Indian journal of veterinary science and animal husbandry - Volume 9,
Year: 1939
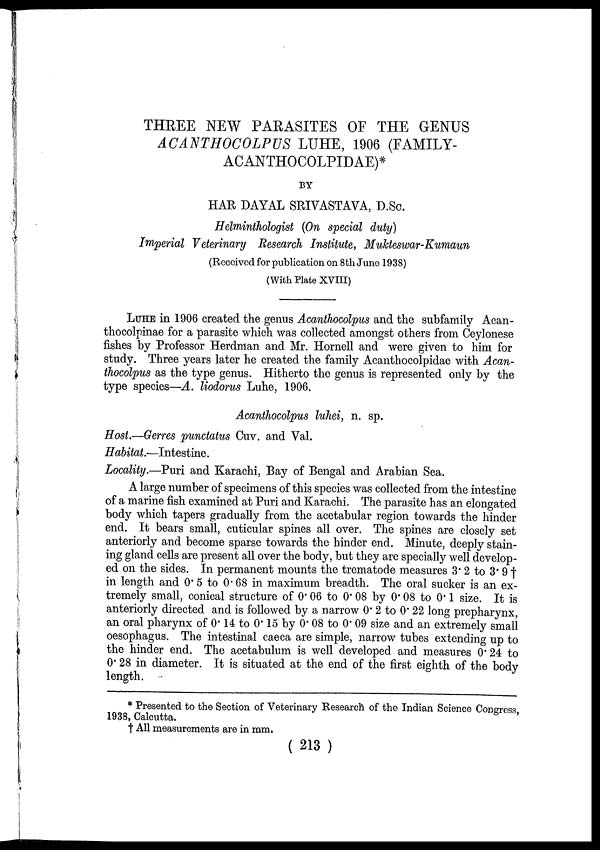
THREE NEW PARASITES OF THE GENUS
ACANTHOCOLPUS LUHE, 1906 (FAMILY-
ACANTHOCOLPIDAE)*
BY
HAR DAYAL SRIVASTAVA, D.Sc.
Helminthologist (On special duty)
Imperial Veterinary Research Institute, Mukteswar-Kumaun
(Received for publication on 8th June 1938)
(With Plate XVIII)
LUHE in 1906 created the genus Acanthocolpus and the subfamily Acan-
thocolpinae for a parasite which was collected amongst others from Ceylonese
fishes by Professor Herdman and Mr. Hornell and were given to him for
study. Three years later he created the family Acanthocolpidae with Acan-
thocolpus as the type genus. Hitherto the genus is represented only by the
type species—A. liodorus Luhe, 1906.
Acanthocolpus luhei, n. sp.
Host.—Gerres punctatus Cuv. and Val.
Habitat.—Intestine.
Locality.—Puri and Karachi, Bay of Bengal and Arabian Sea.
A large number of specimens of this species was collected from the intestine
of a marine fish examined at Puri and Karachi. The parasite has an elongated
body which tapers gradually from the acetabular region towards the hinder
end. It bears small, cuticular spines all over. The spines are closely set
anteriorly and become sparse towards the hinder end. Minute, deeply stain-
ing gland cells are present all over the body, but they are specially well develop-
ed on the sides. In permanent mounts the trematode measures 3.2 to 3.9 †
in length and 0.5 to 0.68 in maximum breadth. The oral sucker is an ex-
tremely small, conical structure of 0.06 to 0.08 by 0.08 to 0.1 size. It is
anteriorly directed and is followed by a narrow 0.2 to 0.22 long prepharynx,
an oral pharynx of 0.14 to 0.15 by 0.08 to 0.09 size and an extremely small
oesophagus. The intestinal caeca are simple, narrow tubes extending up to
the hinder end. The acetabulum is well developed and measures 0.24 to
0.28 in diameter. It is situated at the end of the first eighth of the body
length.
* Presented to the Section of Veterinary Research of the Indian Science Congress
1938, Calcutta.
† All measurements are in mm.
(213)